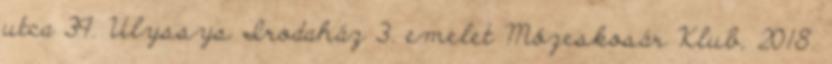
utca 39. Ulyssys Irodaház 3. emelet Mózeskosár Klub, 2018.